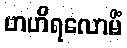
ဗာဟိရလောမိံ